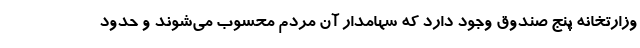
وزارتخانه پنج صندوق وجود دارد که سهامدار آن مردم محسوب می‌شوند و حدود